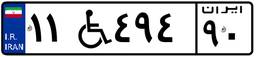
۱۱W۴۹۴۹۰